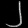
Digit: ၂